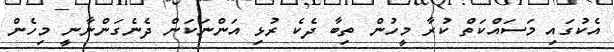
އެކުގައި މަސައްކަތް ކުރާ މީހުން ތިބާ ދެކެ ރުޅި އަންނަކަން ދެނެގަންނާނީ މިހެން